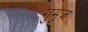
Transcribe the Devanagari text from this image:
गुमुज़